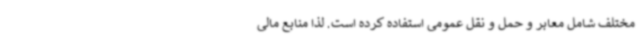
مختلف شامل معابر و حمل و نقل عمومی استفاده کرده است. لذا منابع مالی